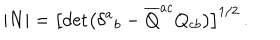
LaTeX: | N | = \bigl [ \det \bigl ( \delta ^ { a } { } _ { b } - { \overline { { Q } } } ^ { a c } Q _ { c b } \bigr ) \bigr ] ^ { 1 / 2 } \, .